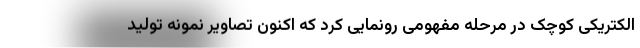
الکتریکی کوچک در مرحله مفهومی رونمایی کرد که اکنون تصاویر نمونه تولید